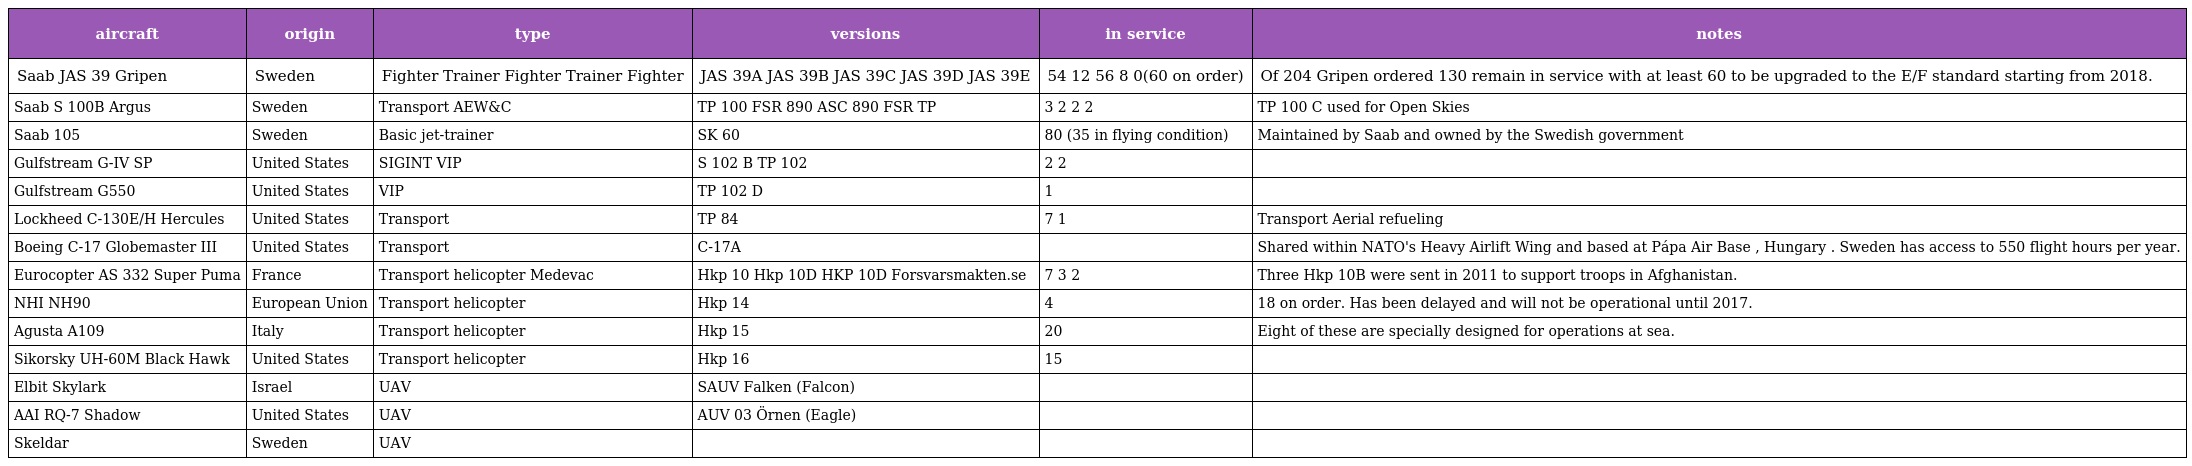
| aircraft | origin | type | versions | in service | notes |
 | --- | --- | --- | --- | --- | --- |
 | Saab JAS 39 Gripen | Sweden | Fighter Trainer Fighter Trainer Fighter | JAS 39A JAS 39B JAS 39C JAS 39D JAS 39E | 54 12 56 8 0(60 on order) | Of 204 Gripen ordered 130 remain in service with at least 60 to be upgraded to the E/F standard starting from 2018. |
 | Saab S 100B Argus | Sweden | Transport AEW&C | TP 100 FSR 890 ASC 890 FSR TP | 3 2 2 2 | TP 100 C used for Open Skies |
 | Saab 105 | Sweden | Basic jet-trainer | SK 60 | 80 (35 in flying condition) | Maintained by Saab and owned by the Swedish government |
 | Gulfstream G-IV SP | United States | SIGINT VIP | S 102 B TP 102 | 2 2 |  |
 | Gulfstream G550 | United States | VIP | TP 102 D | 1 |  |
 | Lockheed C-130E/H Hercules | United States | Transport | TP 84 | 7 1 | Transport Aerial refueling |
 | Boeing C-17 Globemaster III | United States | Transport | C-17A |  | Shared within NATO's Heavy Airlift Wing and based at Pápa Air Base , Hungary . Sweden has access to 550 flight hours per year. |
 | Eurocopter AS 332 Super Puma | France | Transport helicopter Medevac | Hkp 10 Hkp 10D HKP 10D Forsvarsmakten.se | 7 3 2 | Three Hkp 10B were sent in 2011 to support troops in Afghanistan. |
 | NHI NH90 | European Union | Transport helicopter | Hkp 14 | 4 | 18 on order. Has been delayed and will not be operational until 2017. |
 | Agusta A109 | Italy | Transport helicopter | Hkp 15 | 20 | Eight of these are specially designed for operations at sea. |
 | Sikorsky UH-60M Black Hawk | United States | Transport helicopter | Hkp 16 | 15 |  |
 | Elbit Skylark | Israel | UAV | SAUV Falken (Falcon) |  |  |
 | AAI RQ-7 Shadow | United States | UAV | AUV 03 Örnen (Eagle) |  |  |
 | Skeldar | Sweden | UAV |  |  |  |